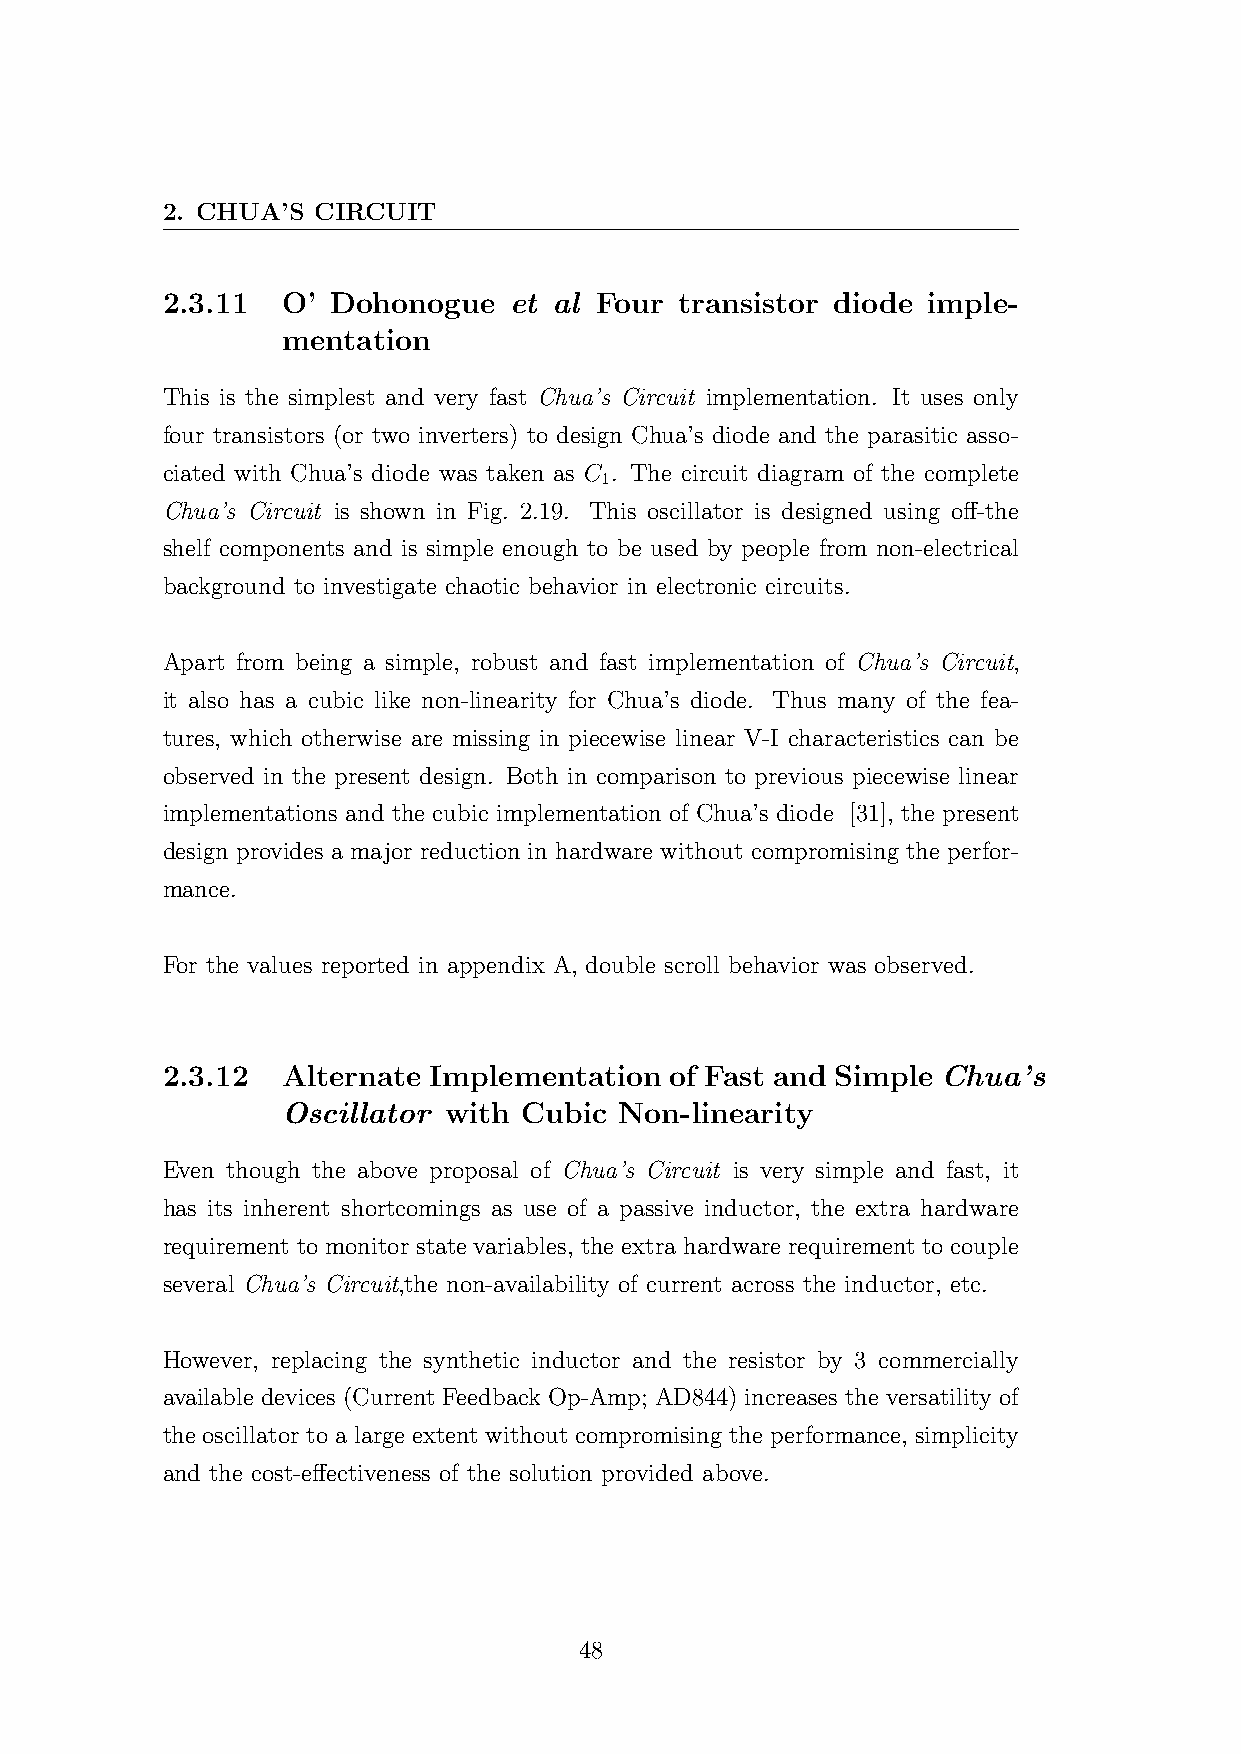
2. CHUA’S CIRCUIT
 2.3.11  O’ Dohonogue   et al Four transistor diode imple-
 mentation
 This is the simplest and very fast Chua’s Circuit implementation. It uses only
 four transistors (or two inverters) to design Chua’s diode and the parasitic asso-
 ciated with Chua’s diode was taken as C . The circuit diagram of the complete
 1
 Chua’s Circuit is shown in Fig. 2.19. This oscillator is designed using off-the
 shelf components and is simple enough to be used by people from non-electrical
 background to investigate chaotic behavior in electronic circuits.
 Apart from being a simple, robust and fast implementation of Chua’s Circuit,
 it also has a cubic like non-linearity for Chua’s diode. Thus many of the fea-
 tures, which otherwise are missing in piecewise linear V-I characteristics can be
 observed in the present design. Both in comparison to previous piecewise linear
 implementations and the cubic implementation of Chua’s diode [31], the present
 design provides a major reduction in hardware without compromising the perfor-
 mance.
 For the values reported in appendix A, double scroll behavior was observed.
 2.3.12  Alternate Implementation of Fast and Simple Chua’s
 Oscillator with Cubic Non-linearity
 Even though the above proposal of Chua’s Circuit is very simple and fast, it
 has its inherent shortcomings as use of a passive inductor, the extra hardware
 requirement to monitor state variables, the extra hardware requirement to couple
 several Chua’s Circuit,the non-availability of current across the inductor, etc.
 However, replacing the synthetic inductor and the resistor by 3 commercially
 available devices (Current Feedback Op-Amp; AD844) increases the versatility of
 the oscillator to a large extent without compromising the performance, simplicity
 and the cost-effectiveness of the solution provided above.
 48